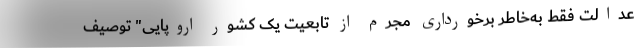
عدالت فقط به‌خاطر برخورداری مجرم از تابعیت یک کشور اروپایی" توصیف